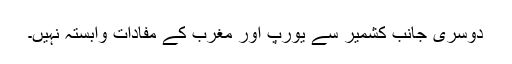
دوسری جانب کشمیر سے یورپ اور مغرب کے مفادات وابستہ نہیں۔